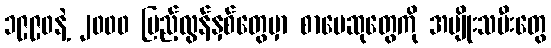
၁၉၉၀နဲ့ ၂၀၀၀ ပြည့်လွန်နှစ်တွေမှာ စာပေဆုတွေကို အမျိုးသမီးတွေ